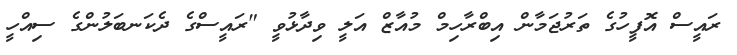
ރައީސް އޮފީހުގެ ތަރުޖަމާން އިބްރާހިމް މުއާޒް އަލީ ވިދާޅުވީ "ރައީސްގެ ދެކަނބަލުންގެ ސިއްހީ